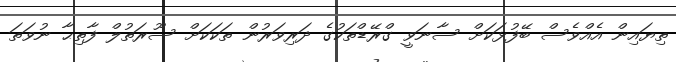
ތިޔައިން އެއްވެސް ބޭފުޅަކަށް ސާނަވީ ގްރޭޑްތަކުގެ ދަރިވަރުން ތަކަކަށް ސޫރަތުލް ފާތިޙާ ނުވަތަ